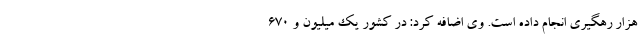
هزار رهگیری انجام داده است. وی اضافه کرد: در کشور یک میلیون و ۶۷۰